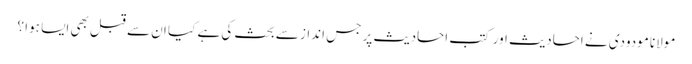
مولانا مودودی نے احادیث اور کتب احادیث پر جس انداز سے بحث کی ہے کیا ان سے قبل بھی ایسا ہوا ؟